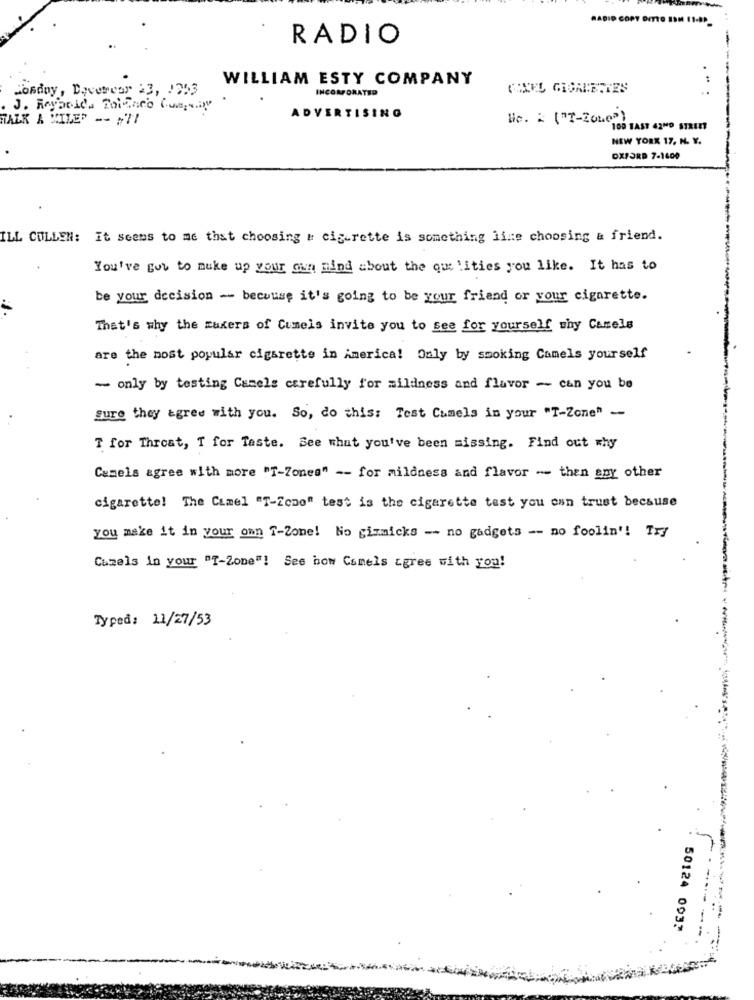
HADID COPY DITTO ESM 11-88_
RADIO
WILLIAM ESTY COMPANY
Monday, Devercor 23, 1353
INCORPORATED
CHEFL GIONIETTES
ADVERTISING
TALK & MILES -- 271
He. : ("T-ZOLO")
"108 FAST 42"0 STREET
NEW YORK 17, N. Y.
OXFORD 7-1400
ILL COLLEN: It seems to me that choosing & cigarette is something line choosing & friend.
You've got to make up your own mind about the que lities you like. It has to
be your decision - because it's going to be your friend or your cigarette.
That's why the makers of Cumels invite you to see for yourself shy Camels
are the most popular cigarette in America! Only by smoking Camels yourself
- only by testing Camels carefully for mildness and flavor - can you be
Sure they agree with you. So, do this: Test Camels in your "T-Zone" --
T for Throat, T for Taste. See what you've been missing. Find out why
Camels agree with more "T-Zones" -- for mildness and flavor -- then spy other
cigarette! The Camel "T-Zone" test is the cigarette test you can trust because
you make it in your own T-Zone! No gimmicks -- no gadgets -- no foolin'! Try
Cuzels in your "T-Zone"! See how Comels agree with you!
Typed: 11/27/53
50124 0037
----